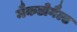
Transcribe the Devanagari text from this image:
मैकडोनैल्ड